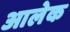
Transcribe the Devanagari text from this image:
आलेक